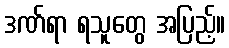
ဒဏ်ရာ ရသူတွေ အပြည့်။